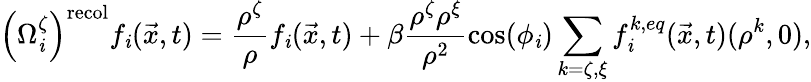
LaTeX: \left(\Omega_{\mathit{i}}^{\zeta}\right)^{\mathrm{{recol}}}f_{\mathit{i}}(\vec{{x}},t)=\frac{{\rho^{\zeta}}}{{\rho}}f_{\mathit{i}}(\vec{{x}},t)+\beta\frac{{\rho^{\zeta}\rho^{\xi}}}{{\rho^{2}}}\cos(\phi_{\mathit{i}})\sum_{k=\zeta,\xi}f_{\mathit{i}}^{k,eq}(\vec{{x}},t)(\rho^{k},0),